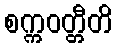
စက္ကဝတ္တီတိ